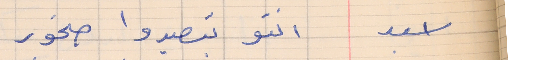
اسعد    انتو بتصيدوا صخور